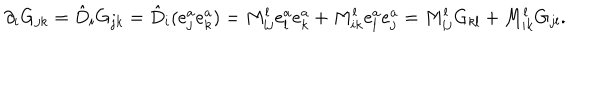
\partial _ { i } G _ { j k } = \hat { D } _ { i } G _ { j k } = \hat { D } _ { i } ( e _ { j } ^ { a } e _ { k } ^ { a } ) = M _ { i j } ^ { l } e _ { l } ^ { a } e _ { k } ^ { a } + M _ { i k } ^ { l } e _ { l } ^ { a } e _ { j } ^ { a } = M _ { i j } ^ { l } G _ { k l } + M _ { i k } ^ { l } G _ { j l } .